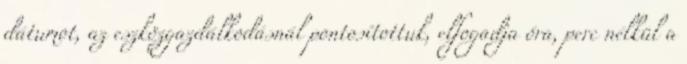
dátumot, az eszközgazdálkodásnál pontosítottuk, elfogadja óra, perc nélkül a